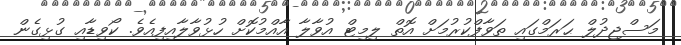
މަސްޖިދުލް ޙަރަމްގައި ތަވާފްކުރުމަށް އޮތް ލިމިޓް އުވާލާ އާއްމުކޮށް ހުޅުވާލާއިފިއެވެ. ކޯވިޑާއި ގުޅިގެން